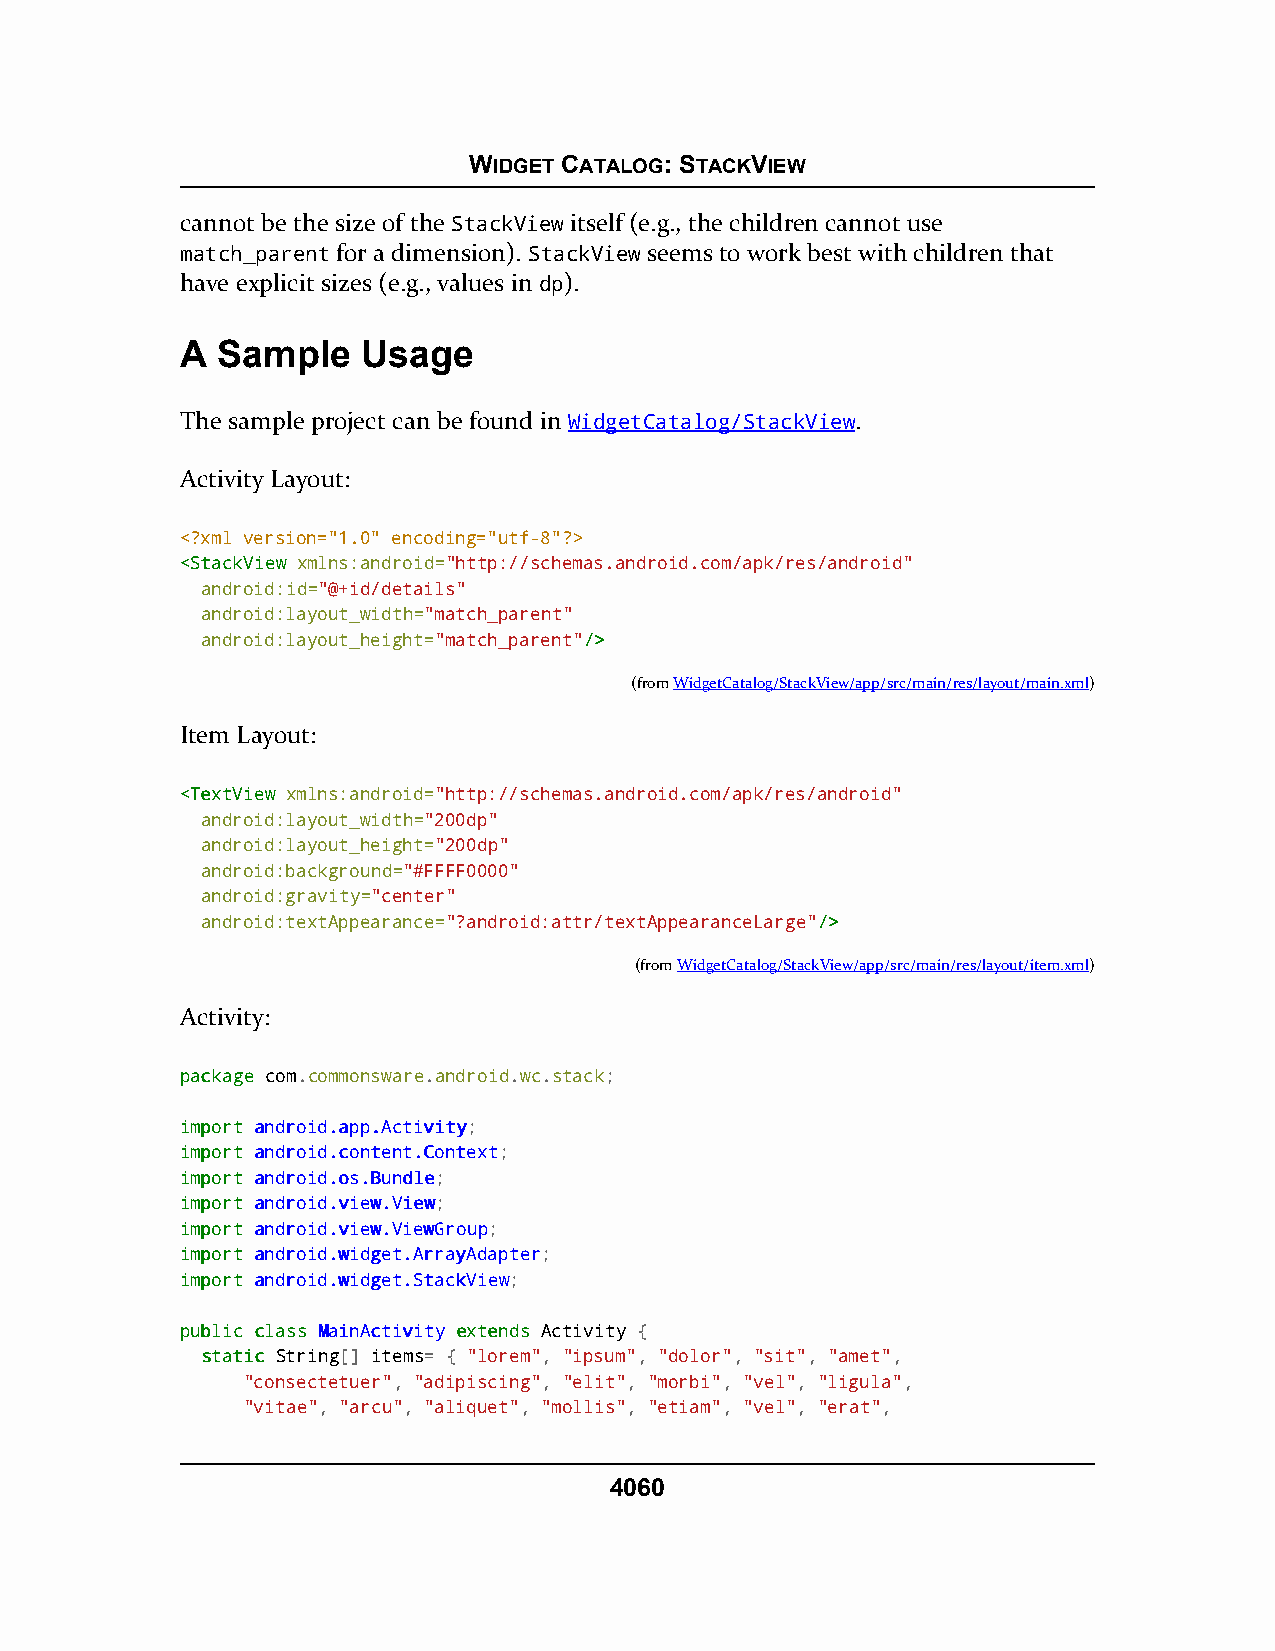
WIDGET CATALOG: STACKVIEW
 cannot be the size of the StackView itself (e.g., the children cannot use
 match_parent for a dimension). StackView seems to work best with children that
 have explicit sizes (e.g., values in dp).
 A Sample    Usage
 The sample project can be found in WidgetCatalog/StackView.
 Activity Layout:
 <?xml version="1.0" encoding="utf-8"?>
 <<SSttaacckkVViieeww xmlns:android="http://schemas.android.com/apk/res/android"
 android:id="@+id/details"
 android:layout_width="match_parent"
 android:layout_height="match_parent"//>>
 (fromWidgetCatalog/StackView/app/src/main/res/layout/main.xml)
 Item Layout:
 <<TTeexxttVViieeww xmlns:android="http://schemas.android.com/apk/res/android"
 android:layout_width="200dp"
 android:layout_height="200dp"
 android:background="#FFFF0000"
 android:gravity="center"
 android:textAppearance="?android:attr/textAppearanceLarge"//>>
 (fromWidgetCatalog/StackView/app/src/main/res/layout/item.xml)
 Activity:
 ppaacckkaaggee com.commonsware.android.wc.stack;
 iimmppoorrtt aannddrrooiidd..aapppp..AAccttiivviittyy;
 iimmppoorrtt aannddrrooiidd..ccoonntteenntt..CCoonntteexxtt;
 iimmppoorrtt aannddrrooiidd..ooss..BBuunnddllee;
 iimmppoorrtt aannddrrooiidd..vviieeww..VViieeww;
 iimmppoorrtt aannddrrooiidd..vviieeww..VViieewwGGrroouupp;
 iimmppoorrtt aannddrrooiidd..wwiiddggeett..AArrrraayyAAddaapptteerr;
 iimmppoorrtt aannddrrooiidd..wwiiddggeett..SSttaacckkVViieeww;
 ppuubblliicc ccllaassss MMaaiinnAAccttiivviittyy eexxtteennddss Activity {
 ssttaattiicc String[] items= { "lorem", "ipsum", "dolor", "sit", "amet",
 "consectetuer", "adipiscing", "elit", "morbi", "vel", "ligula",
 "vitae", "arcu", "aliquet", "mollis", "etiam", "vel", "erat",
 4060